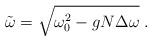
LaTeX: \begin{align*}\tilde{\omega}=\sqrt{\omega_0^2-gN\Delta\omega}\;.\end{align*}